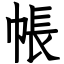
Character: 帳